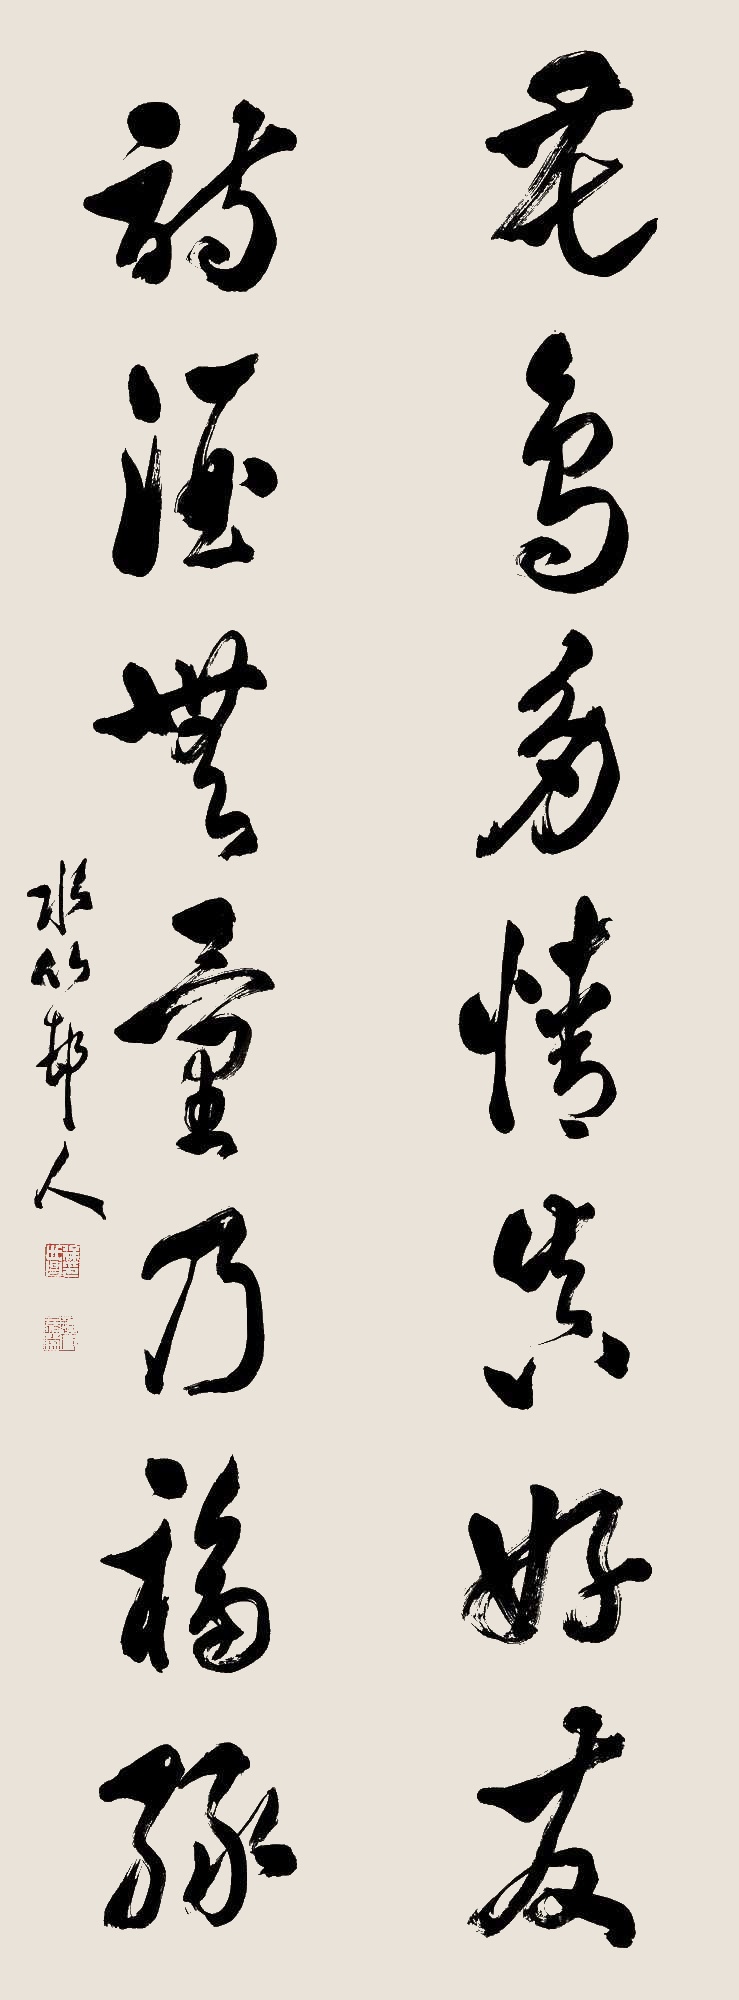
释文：花鸟多情真好友，诗酒无量乃福缘。水竹村人。